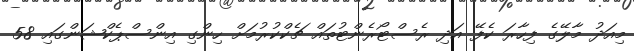
މިއަދު މާލޭގެ ފިހާރަ ކެފޭ އަދި ރެސްޓޯރެންޓުތައް ޗެކްކުރުމަށް ހިންގި އިންސްޕެކްޝަންގައި 58